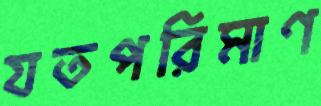
যতপরিমাণ